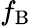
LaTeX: f_{\mathrm{B}}